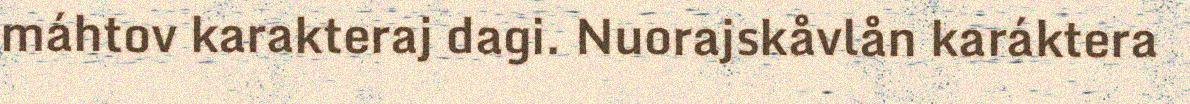
máhtov karakteraj dagi. Nuorajskåvlån karáktera